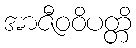
အာဇီဝဝိပတ္တိ